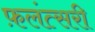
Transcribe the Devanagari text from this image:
फ़लंत्सरी